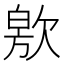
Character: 㰾